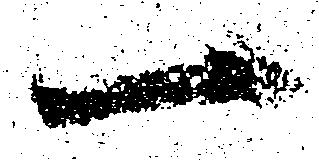
一